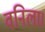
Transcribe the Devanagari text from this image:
वनिला।